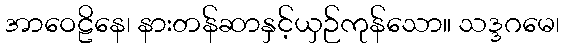
အာဝေဠိနေ၊ နားတန်ဆာနှင့်ယှဉ်ကုန်သော။ သဒ္ဒဂမေ၊